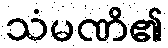
သံမဏိ၏